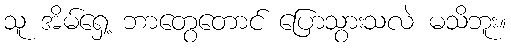
သူ အိမ်ရှေ့ ဘာတွေတောင် ပြောသွားသလဲ မသိဘူး။